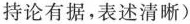
持论有据，表述清晰)